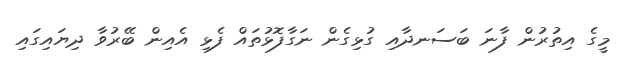
މީގެ އިތުރުން ފާނަ ބަސަނދާއި ގުޅިގެން ނަގާފޮޅުތައް ފެޅި އެއިން ބޭރުވާ ދިޔައިގައި